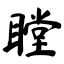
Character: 瞠